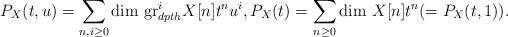
LaTeX: \begin{align*}P_X(t,u)=\sum_{n,i\geq 0}\mathrm{dim}\ \mathrm{gr}_{dpth}^iX[n]t^nu^i, P_X(t)=\sum_{n\geq 0}\mathrm{dim}\ X[n]t^n(=P_X(t,1)). \end{align*}